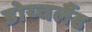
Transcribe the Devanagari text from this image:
डोय्चलैंड